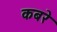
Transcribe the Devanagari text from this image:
कबरे